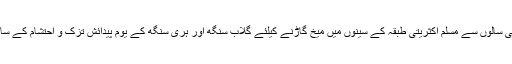
جموں میں تو اب کئی سالوں سے مسلم اکثریتی طبقہ کے سینوں میں میخ گاڑنے کیلئے گلاب سنگھ اور ہری سنگھ کے یوم پیدائش تزک و احتشام کے ساتھ منائے جاتے ہیں۔